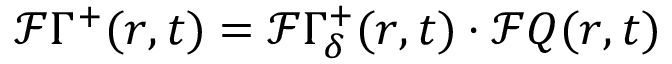
\mathcal { F } \Gamma ^ { + } ( r , t ) = \mathcal { F } \Gamma _ { \delta } ^ { + } ( r , t ) \cdot \mathcal { F } Q ( r , t )